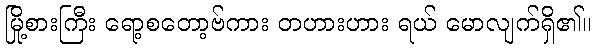
မြို့စားကြီး ရော့စတော့ဗ်ကား တဟားဟား ရယ် မောလျက်ရှိ၏။